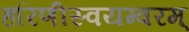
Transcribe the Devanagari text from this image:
हरिणीस्वयम्वरम्